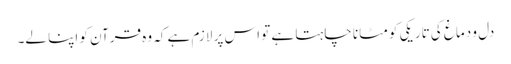
دل و دماغ کی تاریکی کو مٹانا چاہتا ہے تو اس پر لازم ہے کہ وہ قرآن کو اپنا لے۔